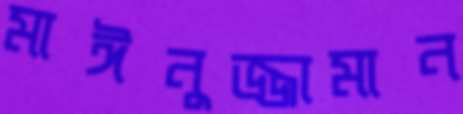
মাঈনুজ্জামান